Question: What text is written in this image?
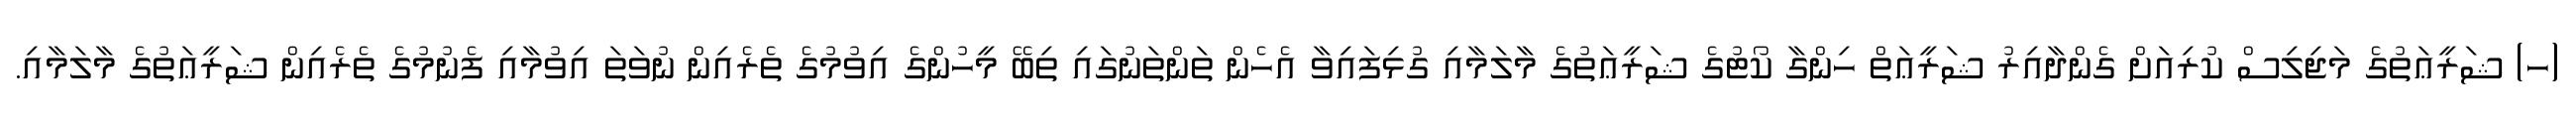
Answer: (ހ) ޝަރީޢަތުގެ މަޖިލިސް ކުރިއަށް ގެންދާއިރު ޝަރީޢަތް ހިންގާ ކޯޓުގެ ޝަރީޢަތުގެ މާލަމާއި ގުޅިފައިވާ އެހެން ތަންތަނުގައި ތިބޭ މީހުންގެ އިވުމުގެ ތެރެއިން ނުވަތަ އިވުމާއި ފެނުމުގެ ތެރެއިން ޝަރީޢަތުގެ މާލަމާއި.